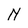
Character: N